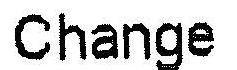
CHANGE